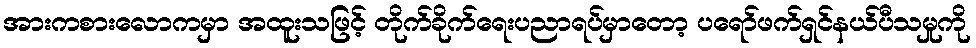
အားကစားလောကမှာ အထူးသဖြင့် တိုက်ခိုက်ရေးပညာရပ်မှာတော့ ပရော်ဖက်ရှင်နယ်ပီသမှုကို